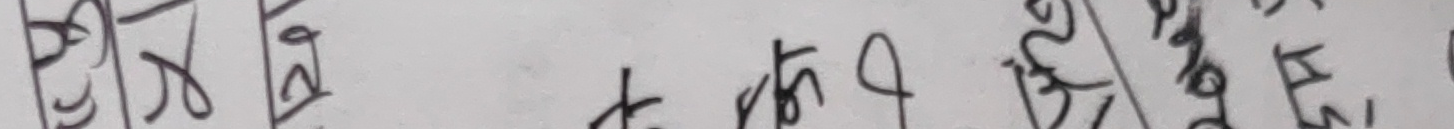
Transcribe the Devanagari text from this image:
छ कि छैन ,